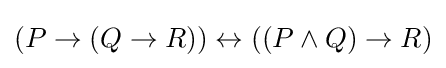
(P\rightarrow (Q\rightarrow R))\leftrightarrow ((P\land Q)\rightarrow R)